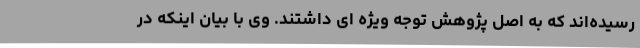
رسیده‌اند که به اصل پژوهش توجه ویژه ای داشتند. وی با بیان اینکه در